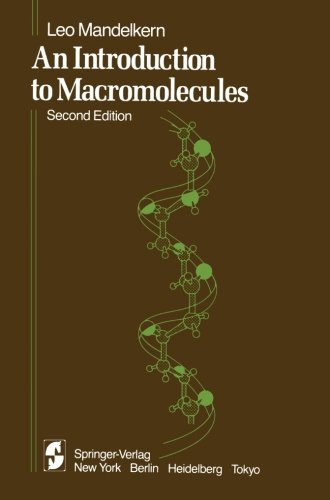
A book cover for An Introduction to Macromolecules (Heidelberg Science Library); L. Mandelkern; Science & Math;